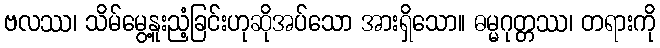
ဗလဿ၊ သိမ်မွေ့နူးညံ့ခြင်းဟုဆိုအပ်သော အားရှိသော။ ဓမ္မဂုတ္တဿ၊ တရားကို